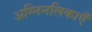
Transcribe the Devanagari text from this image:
अग्निनलिकाएँ